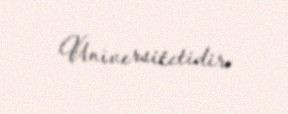
Universitetidir.